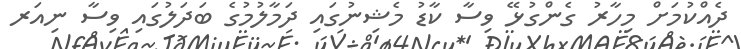
ދެއްކުމަށް މިހާރު ގެންގުޅޭ ވިސާ ކާޑު މެޝިނުގައި ދަމާލުމުގެ ބަދަލުގައި ވިސާ ނިއަރ